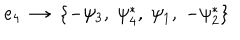
LaTeX: { e _ { 4 } } ~ \rightarrow ~ \{ - \psi _ { 3 } , \; \psi _ { 4 } ^ { * } , \; \psi _ { 1 } , \; - \psi _ { 2 } ^ { * } \}